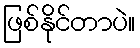
ဖြစ်နိုင်တာပဲ။